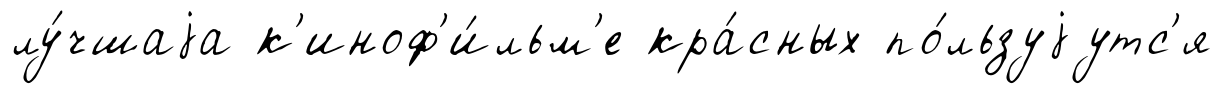
лу́чшаjа к'иноф'и́льм'е кра́сных по́льзуjутс'я